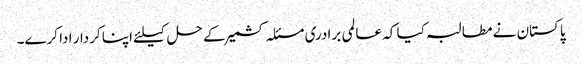
پاکستان نے مطالبہ کیا کہ عالمی برادری مسئلہ کشمیر کے حل کیلئے اپنا کردار ادا کرے۔